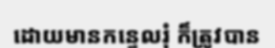
ដោយមានកន្ទេលរុំ ក៏ត្រូវបាន